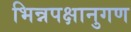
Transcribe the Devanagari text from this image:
भिन्नपक्षानुगण